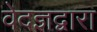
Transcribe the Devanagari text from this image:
वेदज्ञद्वारा